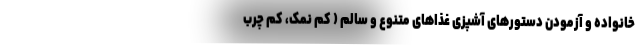
خانواده و آزمودن دستورهای آشپزی غذاهای متنوع و سالم ( کم نمک، کم چرب